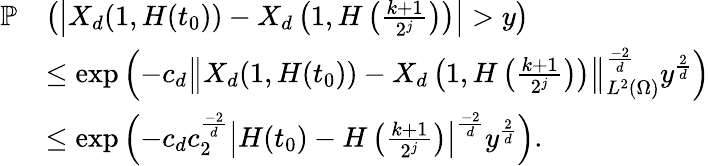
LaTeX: \begin{array}{rl}{\mathbb{P}}&{\left(\left|X_{d}(1,H(t_{0}))-X_{d}\left(1,H\left(\frac{k+1}{2^{j}}\right)\right)\right|>y\right)}\\ &{\leq\exp\left(-c_{d}\left\| X_{d}(1,H(t_{0}))-X_{d}\left(1,H\left(\frac{k+1}{2^{j}}\right)\right)\right\| _{L^{2}(\Omega)}^{\frac{-2}{d}}y^{\frac{2}{d}}\right)}\\ &{\leq\exp\left(-c_{d}c_{2}^{\frac{-2}{d}}\left|H(t_{0})-H\left(\frac{k+1}{2^{j}}\right)\right|^{\frac{-2}{d}}y^{\frac{2}{d}}\right).}\end{array}